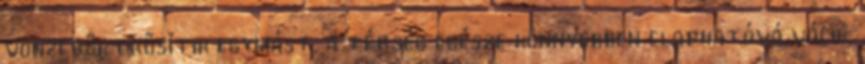
vonzerők erősítik egymást, a térség egésze könnyebben eladhatóvá válik.